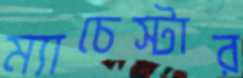
ম্যাচেস্টার